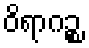
ဝိရာဂဉ္စ